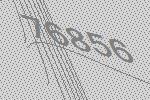
76856